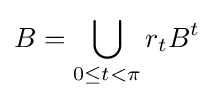
B=\bigcup _{0\leq t<\pi }r_{t}B^{t}